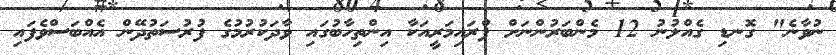
ނުވާނެ" ގޮނޑި ގެއްލުނު 12 މެންބަރުންނަށް ޕްރައިމަރީއަކާ އިންތިހާބުގައި ވާދަކުރުމުގެ ފުރުސަތުދޭން އެއްބަސްވެފައި